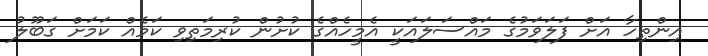
އިންތިހާ އަށް ފަލަވަމުގެ މައްސަލައަކީ އެމީހެއްގެ ކުށުން ކުރިމަތިވި ކަމެއް ކަމަށް ގަބޫލު